Calcutta medical institutions reports 1871-78
Year: 1871
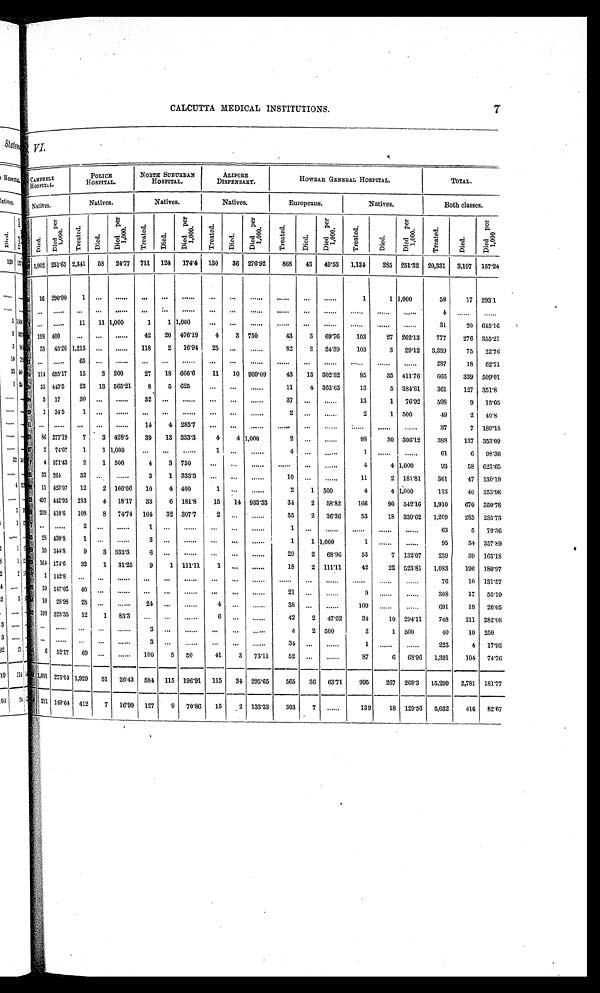
CALCUTTA MEDICAL INSTITUTIONS.
7
LiiTe s,
CAMPBELL HOSPITAL.
POLICE HOSPITAL.
NORTH SUBURBAN
HOSPITAL.
ALIPORE DISPENSARY.
HOWRAH GENERAL HOSPITAL.
TOTAL.
Natives.
Natives.
Natives.
Natives.
Europeans.
Natives.
Both classes.
D i e d .
D i e d p e r 1 , 0 0 0 .
Tr eat ed.
Di e d.
D i e d p e r 1 , 0 0 0 .
Tr e a t e d. Died.
Di e d pe r 1, 000. Tr eat ed.
Di ed.
D i e d p e r 1 , 0 0 0 .
Tr eat ed.
Di ed.
D i e d p e r 1 , 0 0 0 .
Tr e a t e d.
Died.
Di e d pe r 1, 000.
Tr eat ed.
Died.
D i e d p e r 1 , 0 0 0
1,902 251.65 2,341 58 24.77 711 124 174.4 130
36 276.92 868 43 49.53 1,134
285 251.32 20,331 3,197 157.24
16 290.90 1 ...
......
... ... ......
... ...
...... ...... ... ......
1
1
1,000
58
17 293.1
...
...... ... ... ...... ...
...
......
...
...
...... ...... ... ......
...... ...... ......
4 ...... ......
...
...... 11 11 1,000 1,000 1 1 1,000
... ... ...... ...... ... ......
...... ...... ......
31
20 645.16
198 400
...
...
......
42
20 476.19
4
3 750
43
3 69.76
103
27 262.13
777
276 355.21
33 45.26 1,215 ...
......
118
2 16.94 25 ...
......
82
2 24.39
103
3 29.12 3,339
75 22.76
... ...... 65 ... ...... ... ... ......
...
... ...... ...... ... ......
...... ...... ......
287
18 62.71
114 655.17 15
3 200
27
18 666.6
11
10 909.09
43
13 302.32
85
35 411.76
666
339 509.01
55 443.5 23 13 565.21
8
5 625
...
...
......
11
4 363.63
13
5 384.61
361
127 351.8
5 17
30 ...
......
32 ... ......
...
...
......
37 ... ......
13
1 76.92
598
9 15.05
1
34.5
1 ... ...... ... ... ......
... ... ......
2 ... ......
2
1 500
49
2 40.8
...
...... ... ... ......
14
4 285.7 ... ... ...... ...... ... ......
...... ...... ......
37
7 189.18
86 377.19 7
3 428.5
39
13 333.3
4
4 1,000
2 ... ......
98
30 306.12
388
137 353.09
2 74.07 1
1 1,000
...
...
......
1 ... ......
4 ... ......
1 ...... ......
61
6 98.36
4 571.43 2
1 500
4
3 750
...
... ...... ...... ... ......
4
4 1,000
93
58 623.65
33 264
32 ... ......
3
1 333.3 ...
...
......
10 ... ......
11
2 181.81
361
47 130.19
11 423.07 12
2 166.66 10
4 400
1 ... ......
2
1 500
4
4 1,000
113
40 353.98
497 442.95 213
4 18.17
33
6 181.8
15
14 933.33
34
2 58.82
166
90 542.16 1,910
670 350.78
209 410.6 108
8 74.74 104 32 307.7
2 ... ......
55
2 36.36
53
18 339.62 1,209
285 235.73
... ......
2 ... ......
1 ... ...... ... ... ......
1 ... ......
...... ...... ......
63
5 79.36
28 430.8
1 ... ......
3 ... ...... ... ... ......
1
1 1,000
1 ...... ......
95
34 357.89
10 344.8
9
3 333.3
6 ...
......
...
...
.....
29
2 68.96
53
7 132.07
239
39 163.18
164 174.6 32
1 31.25
9
1 111.11
1 ... ......
18
2 111.11
42
22 523.81 1,083
196 180.97
1 142.8 ... ... ...... ... ... ...... ... ... ...... ...... ... ......
...... ...... ......
76
10 131.57
10 147.05 40 ... ...... ... ... ...... ... ... ......
21 ... ......
9 ...... ......
308
17 55.19
10 28.98 28 ... ........
24 ...
......
4 ...
......
38 ... ......
109 ...... ......
691
18 26.05
198 328.35 12
1 83.3 ... ...
......
6 ...
......
42
2 47.62
34
10 294.11
748
211 282.08
...
...... ...
...
......
3 ... ...... ... ...
......
4
2 500
2
1 500
40
10 250
...
...... ... ... ......
3 ... ...... ... ... ......
34 ... ......
1 ...... ......
223
4 17.93
6
52.17 69 ...
......
100
5 50
41
3 73.11
52 ...
......
87
6 68.96 1,391
104 74.76
1,691
275.04 1,929 51 26.43 584 115 196.91 115
34 295.65
565
36 63.71
995
267 268.3 15,299 2,781 181.77
211
149.64 412
7 16.99 127
9 70.86
15
2 133.33
303
7 ......
139
18 129.56 5,032
416 82.67